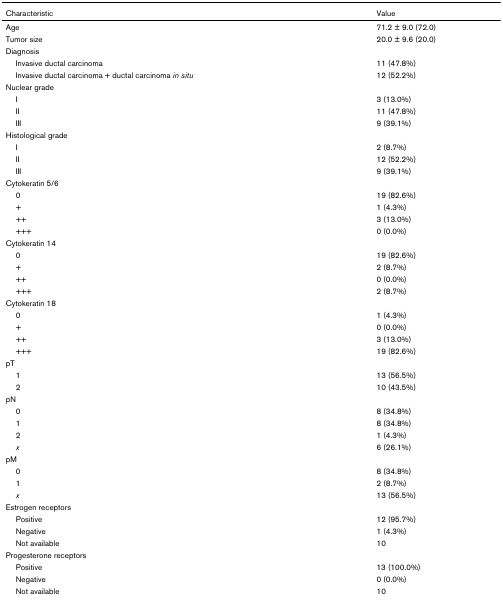
<table><thead><tr><td><b>Characteristic</b></td><td><b>Value</b></td></tr></thead><tbody><tr><td>Age</td><td>71.2 ± 9.0 (72.0)</td></tr><tr><td>Tumor size</td><td>20.0 ± 9.6 (20.0)</td></tr><tr><td>Diagnosis</td><td>[EMPTY_CELL]</td></tr><tr><td> Invasive ductal carcinoma</td><td>11 (47.8%)</td></tr><tr><td> Invasive ductal carcinoma + ductal carcinoma <i>in situ</i></td><td>12 (52.2%)</td></tr><tr><td>Nuclear grade</td><td>[EMPTY_CELL]</td></tr><tr><td> I</td><td>3 (13.0%)</td></tr><tr><td> II</td><td>11 (47.8%)</td></tr><tr><td> III</td><td>9 (39.1%)</td></tr><tr><td>Histological grade</td><td>[EMPTY_CELL]</td></tr><tr><td> I</td><td>2 (8.7%)</td></tr><tr><td> II</td><td>12 (52.2%)</td></tr><tr><td> III</td><td>9 (39.1%)</td></tr><tr><td>Cytokeratin 5/6</td><td>[EMPTY_CELL]</td></tr><tr><td> 0</td><td>19 (82.6%)</td></tr><tr><td> +</td><td>1 (4.3%)</td></tr><tr><td> ++</td><td>3 (13.0%)</td></tr><tr><td> +++</td><td>0 (0.0%)</td></tr><tr><td>Cytokeratin 14</td><td>[EMPTY_CELL]</td></tr><tr><td> 0</td><td>19 (82.6%)</td></tr><tr><td> +</td><td>2 (8.7%)</td></tr><tr><td> ++</td><td>0 (0.0%)</td></tr><tr><td> +++</td><td>2 (8.7%)</td></tr><tr><td>Cytokeratin 18</td><td>[EMPTY_CELL]</td></tr><tr><td> 0</td><td>1 (4.3%)</td></tr><tr><td> +</td><td>0 (0.0%)</td></tr><tr><td> ++</td><td>3 (13.0%)</td></tr><tr><td> +++</td><td>19 (82.6%)</td></tr><tr><td>pT</td><td>[EMPTY_CELL]</td></tr><tr><td> 1</td><td>13 (56.5%)</td></tr><tr><td> 2</td><td>10 (43.5%)</td></tr><tr><td>pN</td><td>[EMPTY_CELL]</td></tr><tr><td> 0</td><td>8 (34.8%)</td></tr><tr><td> 1</td><td>8 (34.8%)</td></tr><tr><td> 2</td><td>1 (4.3%)</td></tr><tr><td> <i>x</i></td><td>6 (26.1%)</td></tr><tr><td>pM</td><td>[EMPTY_CELL]</td></tr><tr><td> 0</td><td>8 (34.8%)</td></tr><tr><td> 1</td><td>2 (8.7%)</td></tr><tr><td> <i>x</i></td><td>13 (56.5%)</td></tr><tr><td>Estrogen receptors</td><td>[EMPTY_CELL]</td></tr><tr><td> Positive</td><td>12 (95.7%)</td></tr><tr><td> Negative</td><td>1 (4.3%)</td></tr><tr><td> Not available</td><td>10</td></tr><tr><td>Progesterone receptors</td><td>[EMPTY_CELL]</td></tr><tr><td> Positive</td><td>13 (100.0%)</td></tr><tr><td> Negative</td><td>0 (0.0%)</td></tr><tr><td> Not available</td><td>10</td></tr></tbody></table>